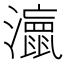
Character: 𭳘